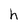
Character: h